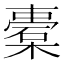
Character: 橐